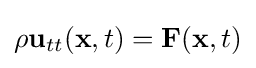
{\rho {\bf {u}}_{tt}({\bf {x}},t)={\bf {F}}({\bf {x}},t)}